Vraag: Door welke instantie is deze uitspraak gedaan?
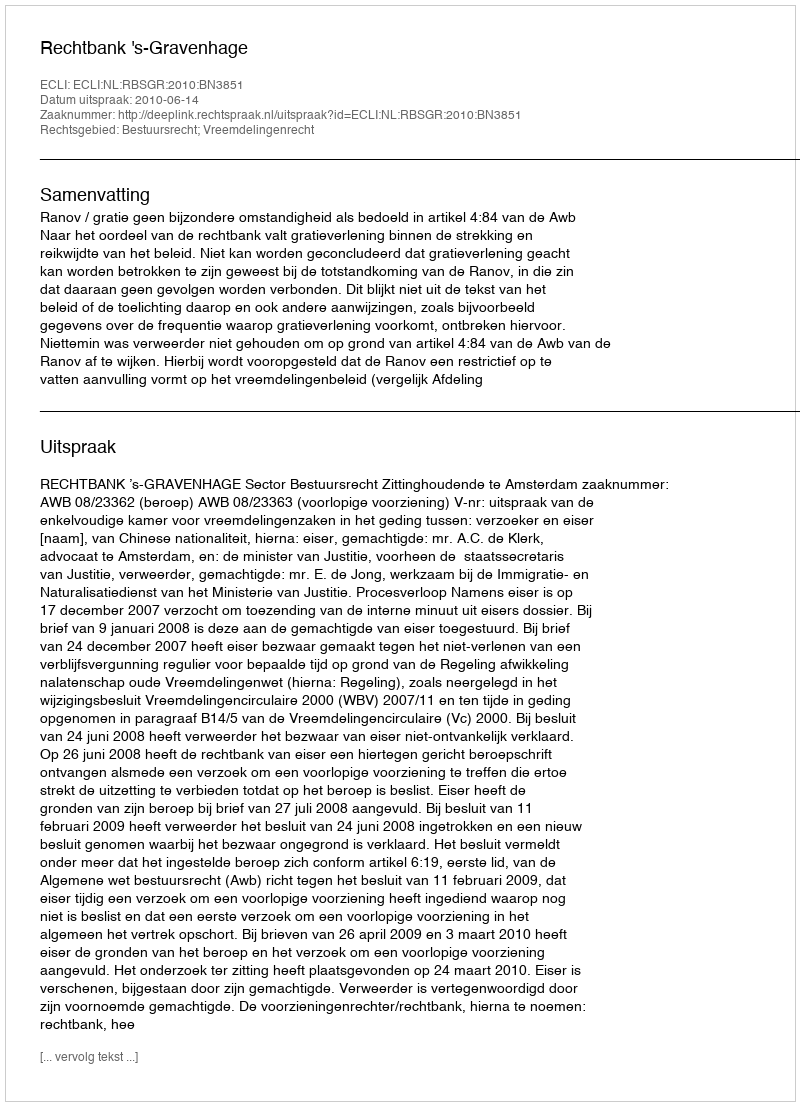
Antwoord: Rechtbank 's-Gravenhage